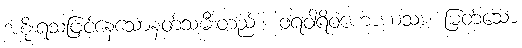
အစိုးရသဖြင့်နေသောနတ်သမီးတည်း။ ဝရဝါရိဝဟောဃသာ၊ မြတ်သော